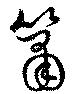
簫